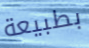
بطبيعة